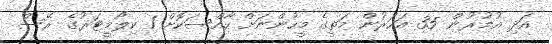
އަދި އުމުރުން 35 އަހަރުން މަތީގެ މީހުންނަށް ހާއްސަކޮށް 1 ކިލޯމީޓަރުގެ ރޭސް